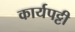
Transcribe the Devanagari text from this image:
कार्यपट्टी